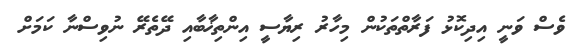
ވެސް ވަނީ އިދިކޮޅު ފަރާތްތަކުން މިހާރު ރިޔާސީ އިންތިޚާބާއި ދޭތެރޭ ނުވިސްނާ ކަމަށް